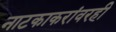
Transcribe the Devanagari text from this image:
नाटकाकरांवरही